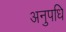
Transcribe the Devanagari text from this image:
अनुपधि